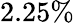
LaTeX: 2.25\%